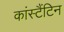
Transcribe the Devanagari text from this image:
कांस्टैंटिन